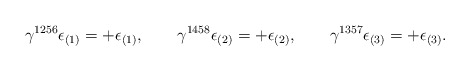
\begin{align*}\gamma^{1256}\epsilon_{(1)} = + \epsilon_{(1)} , \qquad \gamma^{1458}\epsilon_{(2)} = + \epsilon_{(2)} , \qquad \gamma^{1357}\epsilon_{(3)} = + \epsilon_{(3)} .\end{align*}